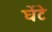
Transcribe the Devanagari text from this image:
घेंटे